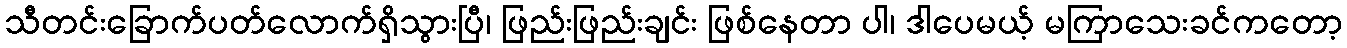
သီတင်းခြောက်ပတ်လောက်ရှိသွားပြီ၊ ဖြည်းဖြည်းချင်း ဖြစ်နေတာ ပါ၊ ဒါပေမယ့် မကြာသေးခင်ကတော့